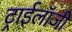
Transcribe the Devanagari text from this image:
ट्राईलॉजी